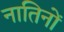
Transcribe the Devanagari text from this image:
नातिनों